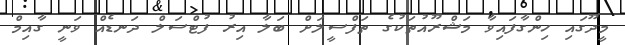
މީދޫގައި ހިންގާފައިވާ މަޝްރޫއުތަކުގެ ތަފްސީލަށް ބަލާ އިރު ފުޓްސަލް ދަނޑެއް ވަނީ ގާއިމް